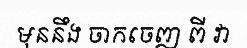
មុននឹង ចាកចេញ ពី វា